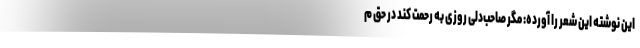
این نوشته این شعر را آورده: مگر صاحب‌دلی روزی به رحمت کند در حق م